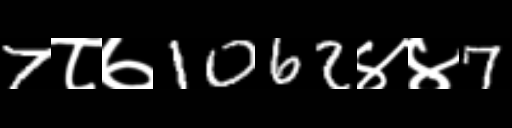
Text: 7८७1062४४7